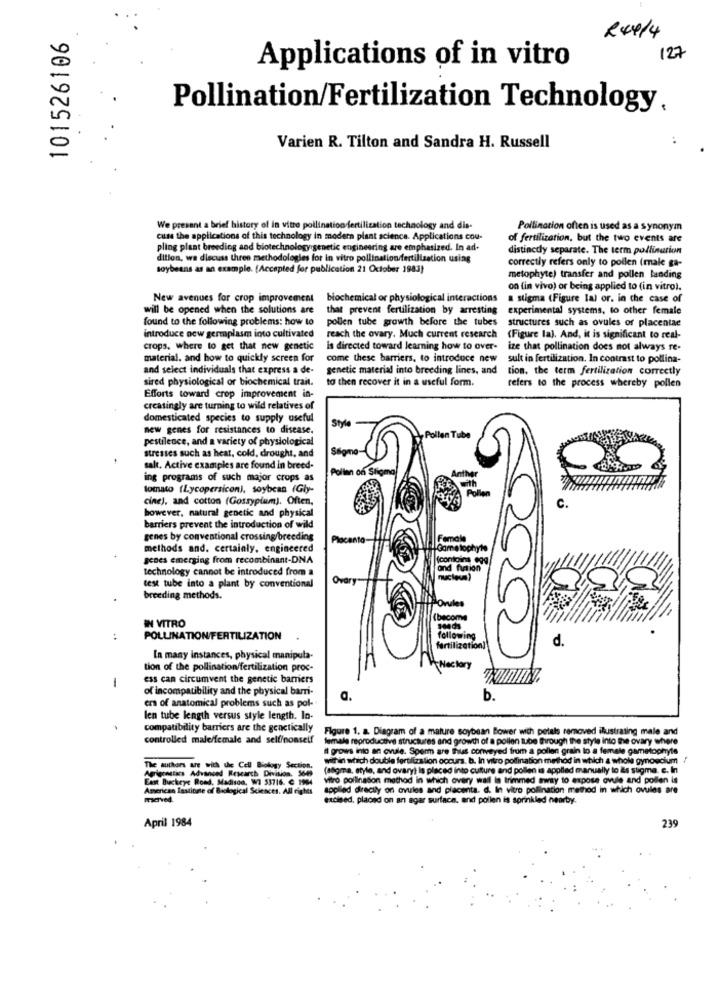
Rx4/4
101526106
127
Applications of in vitro
Pollination/Fertilization Technology,
Varien R. Tilton and Sandra H. Russell
We present a brief history of in vitro pollination fertilization technology and dis-
Pollination often is used as a synonym
cuss the applications of this technology in modern plant science. Applications cou-
of fertilization, but the two events are
pling plant breeding and biotechnology genetic engineering are emphasized. In ad-
distinctly separate. The term pollination
dition, we discuss three methodologies for in vitro pollination/fertilization using
correctly refers only to pollen (male ga-
soybeans as an example. [Accepted for publication 21 October 1983)
metophyte) transfer and pollen landing
on (in vivo) or being applied to (in vitro).
New avenues for crop improvement
biochemical or physiological interactions
a stigma (Figure la) or. in the case of
will be opened when the solutions are
that prevent fertilization by arresting
experimental systems, to other female
found to the following problems: how to
pollen tube growth before the tubes
structures such as ovules of placentae
introduce ocw germplasm into cultivated
reach the ovary. Much current research
(Figure la). And, it is significant to real-
crops, where to get that new genetic
is directed toward learning how to over-
ize that pollination does not always re-
material. and how to quickly screen for
come these barriers, to introduce new
sult in fertilization. In contrast to pollina-
and select individuals that express a de-
genetic material into breeding lines, and
tion, the term fertilization correctly
sired physiological or biochemical trait.
to then recover it in a useful form.
refers to the process whereby pollen
Efforts toward crop improvement in-
creatingly are turning to wild relatives of
domesticated species to supply useful
new genes for resistances to disease.
Style
pestilence, and a variety of physiological
Pollen Tube
stresses such as heat, cold, drought, and
Signe
salt. Active examples are found in breed-
Pollen on Stigma
ing programs of such major crops as
tomato (Lycopersicon), soybean (Gly-
cine), and cotton (Gossypium). Often,
however, natural genetic and physical
barriers prevent the introduction of wild
genes by conventional crossing/breeding
Plocanto
Female
methods and. certainly, engineered
Gamelophyto
genes emerging from recombinant-DNA
(contoine cog
contoin
technology cannot be introduced from a
and fusion
Ovary"
test tube into a plant by conventional
breeding methods.
POvules
IN VITRO
(become
POLLINATION/FERTILIZATION
d.
fertilization]
In many instances, physical manipula-
tion of the pollination/fertilization proc-
Nectory
1
ess can circumvent the genetic barriers
of incompatibility and the physical barri-
ers of anatomical problems such as pol-
a.
b.
len tube length versus style length. In-
compatibility barriers are the genetically
Figure 1. a. Diagram of a mature soybean Bower wich petals removed ilustrating male and
controlled male/female and self/nonseif
female reproductive structures and growth of a pollen tube through the style into the ovary where
il grows into an ovule. Sperm are thus conveyed from a pollen grain lo a female gametophyte
wifin which double fertilization occurs. b. In vitro pollination method in which a whole gynoscium
The authors are with the Cell Biology Section.
(adgma, style, and ovary) is placed into culture and pollen is applied manually to &s stigma. e. In
East Buckeye Rond, Madison, WI 53716. C 1964
Agrigrestics Advanced Research Division. 560
vitro pollination method in which ovary wall la trimmed away to expose ovule and pollen is
American lastione of Biological Sciences. All rights
applied directly on ovules and placenta. d. In vitro pollination method in which ovules are
excined, placed on an agar surface, and pollen is sprinkled nearby.
April 1984
239